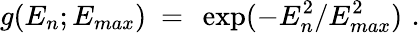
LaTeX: g(E_{n};E_{max})\ =\ \exp(-E_{n}^{2}/E_{max}^{2})\, \, .